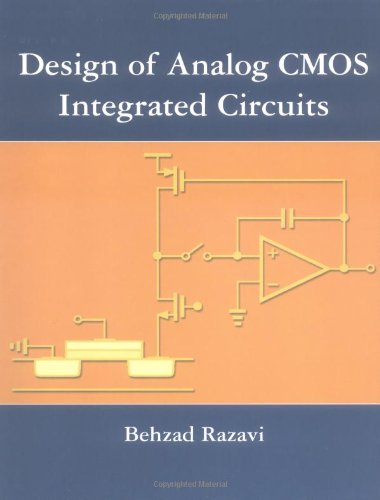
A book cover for Design of Analog CMOS Integrated Circuits; Behzad Razavi; Computers & Technology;